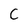
Character: C